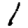
Digit: 1